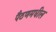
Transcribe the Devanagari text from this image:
पैठणमधील